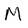
Character: M